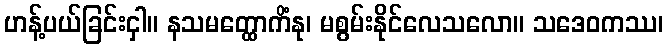
ဟန့်ပယ်ခြင်းငှါ။ နသမတ္ထောကိံနု၊ မစွမ်းနိုင်လေသလော။ သဒေဝကဿ၊